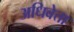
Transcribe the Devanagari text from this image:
अधिवेत्ता